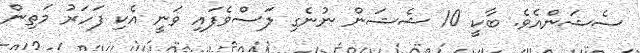
ސެޝަންއެވެ. ބާކީ 10 ޝެޝަން ނުނެގި ލަސްވެފައި ވަނީ އެކި ފަހަރު މަތިން